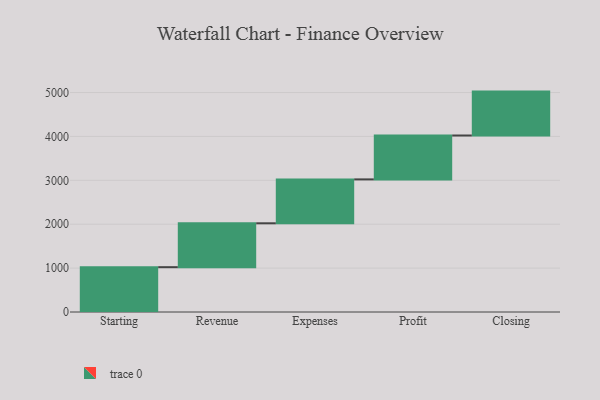
{"axis": {"x": "Step", "y": "Value"}, "legend": [""], "data": [{"x": "Starting", "y": 1021.0, "type": ""}, {"x": "Revenue", "y": 1000, "type": ""}, {"x": "Expenses", "y": 1000, "type": ""}, {"x": "Profit", "y": 1000, "type": ""}, {"x": "Closing", "y": 1000, "type": ""}]}